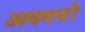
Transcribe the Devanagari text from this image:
अववयों